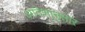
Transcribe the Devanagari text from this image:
आदेशा्नुसार